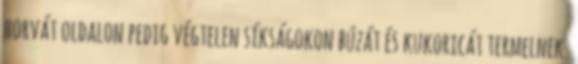
horvát oldalon pedig végtelen síkságokon búzát és kukoricát termelnek.